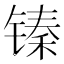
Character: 𮸙